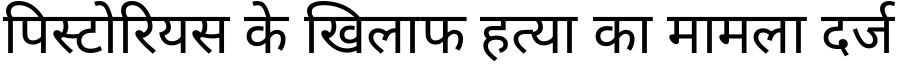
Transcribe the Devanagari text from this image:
पिस्टोरियस के खिलाफ हत्या का मामला दर्ज